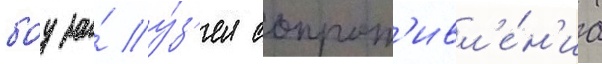
боу за́ у́з'ел сопрот'ивл'е́н'иа